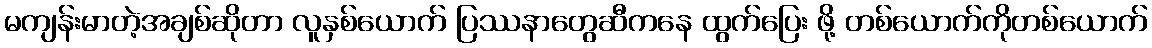
မကျန်းမာတဲ့အချစ်ဆိုတာ လူနှစ်ယောက် ပြဿနာတွေဆီကနေ ထွက်ပြေး ဖို့ တစ်ယောက်ကိုတစ်ယောက်